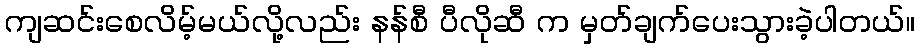
ကျဆင်းစေလိမ့်မယ်လို့လည်း နန်စီ ပီလိုဆီ က မှတ်ချက်ပေးသွားခဲ့ပါတယ်။